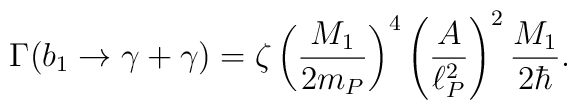
\Gamma(b_1 \to \gamma + \gamma)= \zeta \left({M_1\over2m_P}\right)^4 \left({A\over\ell_P^2}\right)^2{M_1\over2\hbar}.